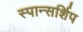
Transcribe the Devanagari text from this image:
स्पान्सर्शिप